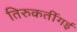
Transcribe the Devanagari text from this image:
तिरुकर्तीगई